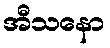
အီသနော